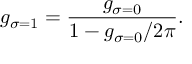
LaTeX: g _ { \sigma = 1 } = \frac { g _ { \sigma = 0 } } { 1 - g _ { \sigma = 0 } / 2 \pi } .